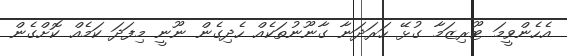
އެހެންވީމަ ޓޫރިޒަމާ ގުޅޭ ހަރަދަނާ ގާނޫނުތަކެއް ހެދިގެން ނޫނީ މިފަދަ ކަމެއް ކޮށްގެން